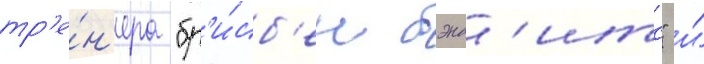
тр'е́н'ера "бр'и́сб'ен бэнд'итс" и́